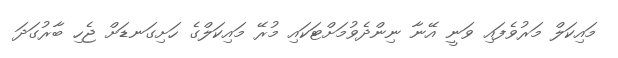
މައިކަލް މަރުވެފައި ވަނީ އޭނާ ނިންދެވުމަށްޓަކައި މުރޭ މައިކަލްގެ ހަށިގަނޑަށް ޖެހި ބާރުގަދަ